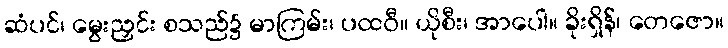
ဆံပင်၊ မွေးညှင်း စသည်၌ မာကြမ်း၊ ပထဝီ။ ယိုစီး၊ အာပေါ။ ခိုးရှိန်၊ တေဇော။